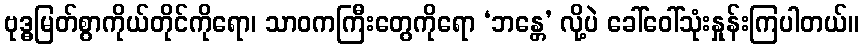
ဗုဒ္ဓမြတ်စွာကိုယ်တိုင်ကိုရော၊ သာဝကကြီးတွေကိုရော ‘ဘန္တေ’ လို့ပဲ ခေါ်ဝေါ်သုံးနှုန်းကြပါတယ်။